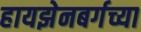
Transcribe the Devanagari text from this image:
हायझेनबर्गच्या